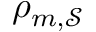
\rho _ { m , \mathcal { S } }